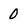
Character: 0